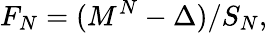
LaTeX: F_{N}=(M^{N}-\Delta)/S_{N},